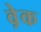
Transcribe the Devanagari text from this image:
व़ेक